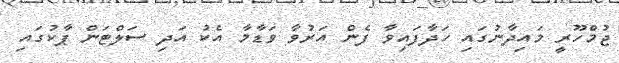
ޖުމްހޫރީ މައިދާނުގައި ހަދާފައިވާ ފެން އަރުވާ ވަޑާމާ އެކު އަދި ސަލްޓަން ޕާކުގައި